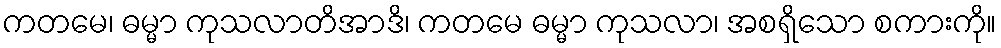
ကတမေ၊ ဓမ္မာ ကုသလာတိအာဒိ၊ ကတမေ ဓမ္မာ ကုသလာ၊ အစရှိသော စကားကို။